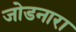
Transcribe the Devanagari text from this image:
जोडनारा